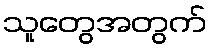
သူတွေအတွက်